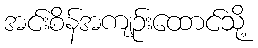
အင်းစိန်အကျဉ်းထောင်သို့